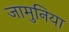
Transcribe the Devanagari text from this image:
जामुनिया